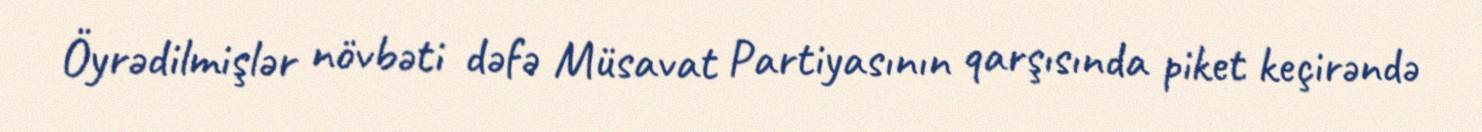
Öyrədilmişlər növbəti dəfə Müsavat Partiyasının qarşısında piket keçirəndə